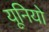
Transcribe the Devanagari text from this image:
यूनियो